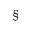
^ { \S }